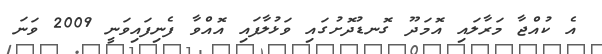
އެ ކުއްޖާ މަރާލައި އޮމަދޫ ގޮނޑުދޮށުގައި ވަޅުލާފައި އޮއްވާ ފެނިފައިވަނީ 2009 ވަނަ